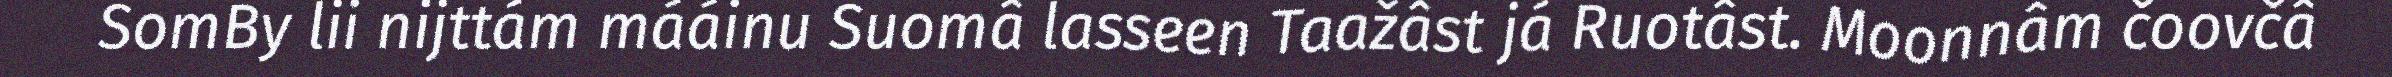
SomBy lii nijttám mááinu Suomâ lasseen Taažâst já Ruotâst. Moonnâm čoovčâ